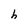
Character: h